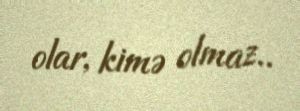
olar, kimə olmaz..